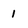
Character: 1